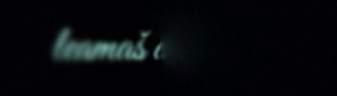
leamaš dábálaš.